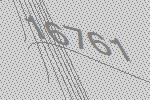
16761